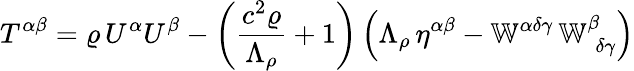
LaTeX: T^{\alpha\beta}=\varrho\, U^{\alpha}U^{\beta}-\left(\frac{c^{2}\varrho}{\Lambda_{\rho}}+1\right)\left(\Lambda_{\rho}\, \eta^{\alpha\beta}-\mathbb{W}^{\alpha\delta\gamma}\, \mathbb{W}_{\; \delta\gamma}^{\beta}\right)